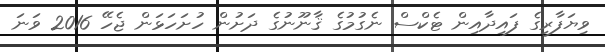
ވިޔަފާރީގެ ފައިދާއިން ޓެކްސް ނެގުމުގެ ޤާނޫނުގެ ދަށުން ހުށަހަޅަން ޖެހޭ 2016 ވަނަ